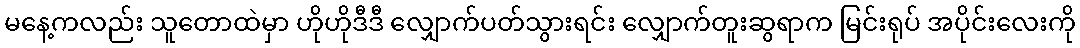
မနေ့ကလည်း သူတောထဲမှာ ဟိုဟိုဒီဒီ လျှောက်ပတ်သွားရင်း လျှောက်တူးဆွရာက မြင်းရုပ် အပိုင်းလေးကို